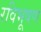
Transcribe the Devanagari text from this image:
रविभूषण